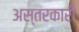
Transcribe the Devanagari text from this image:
अस्तरकारी